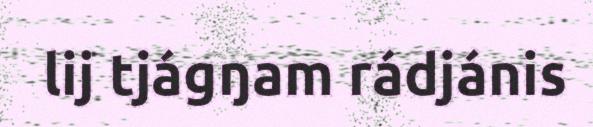
lij tjágŋam rádjánis